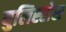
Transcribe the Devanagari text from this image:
युलिस्सेस